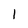
Character: 1